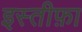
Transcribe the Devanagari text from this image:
इस्‍तीफ़ा